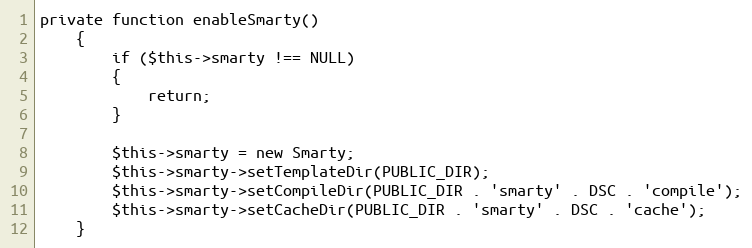
Language: PHP
private function enableSmarty()
    {
        if ($this->smarty !== NULL)
        {
            return;
        }

        $this->smarty = new Smarty;
        $this->smarty->setTemplateDir(PUBLIC_DIR);
        $this->smarty->setCompileDir(PUBLIC_DIR . 'smarty' . DSC . 'compile');
        $this->smarty->setCacheDir(PUBLIC_DIR . 'smarty' . DSC . 'cache');
    }